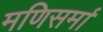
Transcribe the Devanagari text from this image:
मणिसर्मा